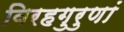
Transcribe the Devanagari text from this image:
विरहगुरुणां